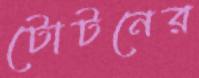
টোটনের